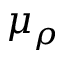
\mu _ { \rho }